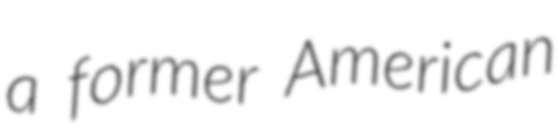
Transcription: a former American